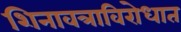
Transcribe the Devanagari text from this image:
शिनावत्राविरोधात